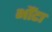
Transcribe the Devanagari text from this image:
भौंटा